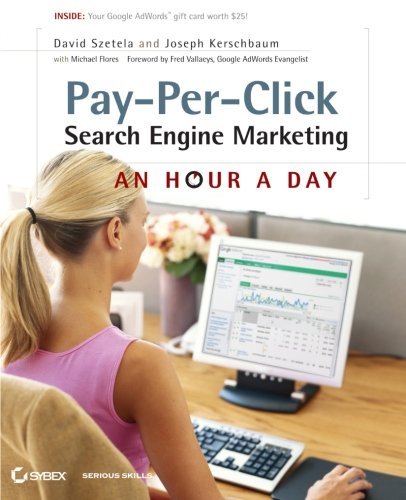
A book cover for Pay-Per-Click Search Engine Marketing: An Hour a Day; David Szetela; Computers & Technology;